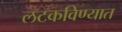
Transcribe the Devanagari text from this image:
लटकविण्यात